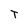
Character: T